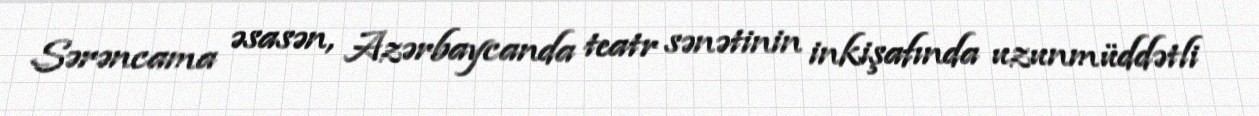
Sərəncama əsasən, Azərbaycanda teatr sənətinin inkişafında uzunmüddətli